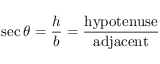
\sec \theta = { \frac { h } { b } } = { \frac { \mathrm { h y p o t e n u s e } } { \mathrm { a d j a c e n t } } }